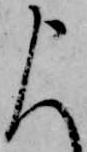
申